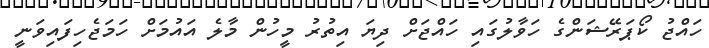
ހައްޖު ކޯޕަރޭޝަންގެ ހަވާލުގައި ހައްޖަށް ދިޔަ އިތުރު މީހުން މާލެ އައުމަށް ހަމަޖެހިފައިވަނީ